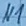
Text: N1